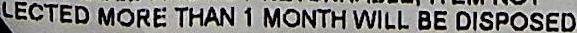
LECTED MORE THAN 1 MONTH WILL BE DISPOSED